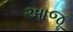
આજૂ